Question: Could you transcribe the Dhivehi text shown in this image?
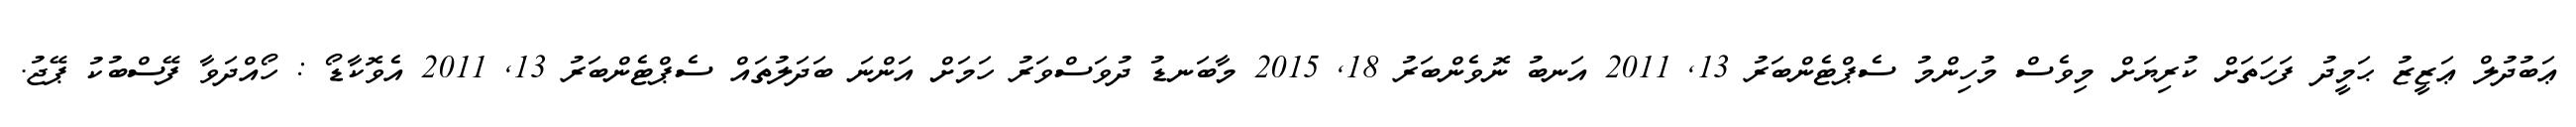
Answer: ޢަބުދުލް ޢަޒީޒު ޙަމީދު ފަހަތަށް ކުރިޔަށް މިވެސް މުހިންމު ސެޕްޓެންބަރު 13, 2011 އަނބު ނޮވެންބަރު 18, 2015 މާބަނޑު ދުވަސްވަރު ހަމަށް އަންނަ ބަދަލުތައް ސެޕްޓެންބަރު 13, 2011 އެވޮކާޑޯ : ހޯއްދަވާ ފޭސްބުކު ޕޭޖު.